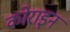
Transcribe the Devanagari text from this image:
कोराइन